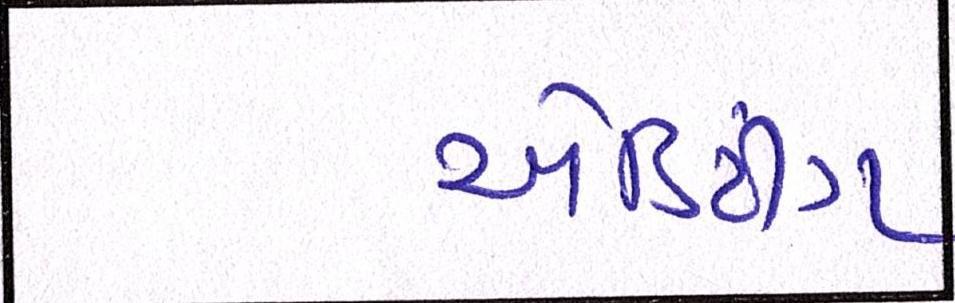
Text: એડિટીંગ